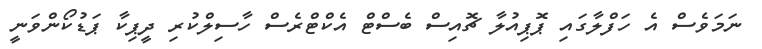
ނަމަވެސް އެ ހަފްލާގައި ޕޮޕިއުލާ ޗޮއިސް ބެސްޓް އެކްޓްރެސް ހާސިލްކުރި ދީޕިކާ ޕަޑުކޯންވަނީ